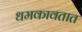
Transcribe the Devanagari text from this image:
धमकावतात